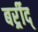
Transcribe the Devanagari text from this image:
बर्र्र्रीद्